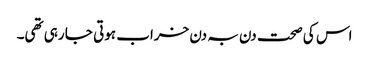
اس کی صحت دن بہ دن خراب ہوتی جا رہی تھی۔